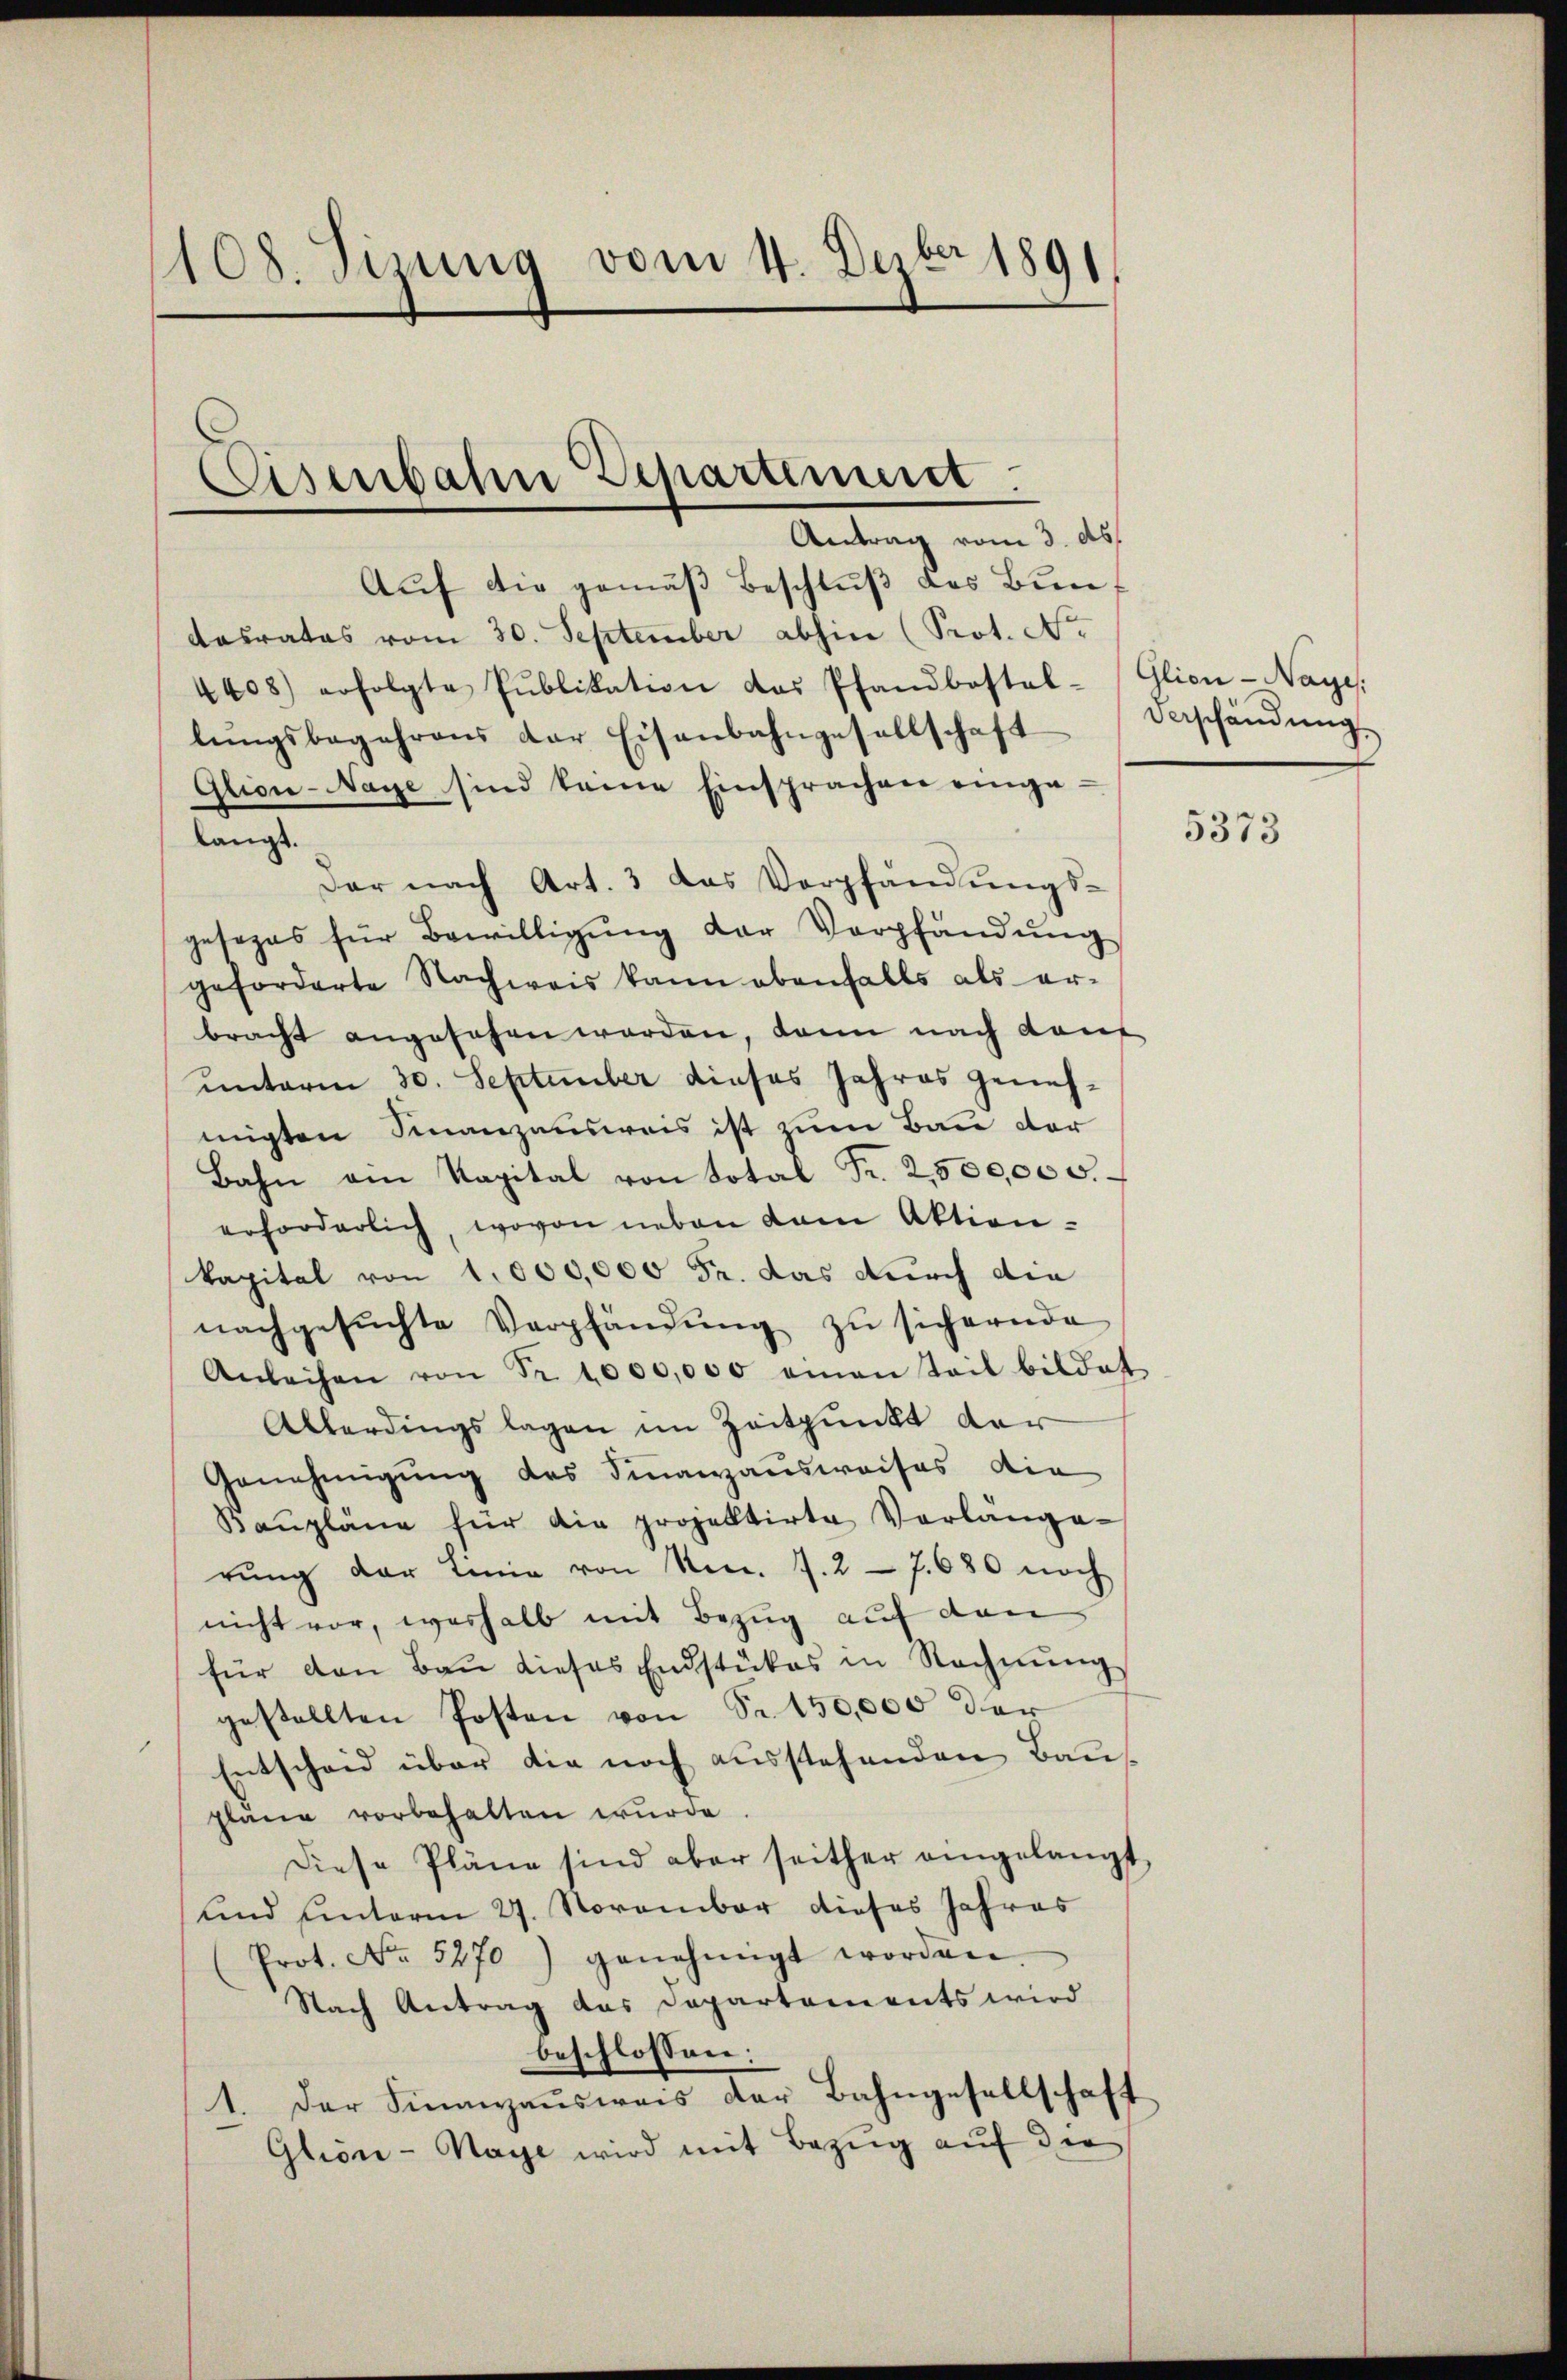
n
108. Sizung vom 4. Dezbr 1891

Cisenbahn Departinuit

Antrag vom 3. ds.
Auf die gemäß Beschluß des Bundasrates vom 30. September abhin (Prot. No
4408) erfolgte Pŭblikation das Pfandbestal-Glion-Naye,
lŭngsbegehrens der Eisenbahngesellschaft Verschändŭng
Glion-Naye sind keine Einsprachen einge-
langt.
Der nach Art. 3 das Verpfändungsgesezes für Bewilligŭng der Verpfändung
geforderte Nachweis kann ebenfalls als er-
bracht angesehen worden, dann nach Kauf
unterm 30. September dieses Jahres genehmigten Finanzausweis ist zum Bau der
Bahn am Kapital von Total Fr. 2500,000.
erforderlich, wovon neben dem Aktionkapital von 1000,000 Fr. das durch die
nachgesŭchte Verpfändŭng zŭ sichernde
Anleihen von Fr. 1000,000 eman Teil bildet
Allerdingslagen im Zeitpunkt dar
Genehmigung des Finanzausweises die
Baŭpläne für die projektirte Verlänge-
rŭng der Linie von No. 7. 27. 680 noch
nicht vor, weshalb mit Bezug auf den
für den Bau dieses Endstückes in Rechnŭng
gestellten Posten von Sr. 150,000 der
Entscheid über die noch ausstehenden Bau
pläne vorbehalten wurde
Diese Pläne sind aber seither eingelangt,
und unterm 27. November dieses Jahres
Prot. No. 5270) genehmigt worden.
Nach Antrag das Departements wird
beschlossen:
1. Der Finanzausweis der Bahngesellschaft
Glion-Nage wird mit Bezug auf die

5373